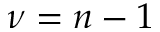
\nu = n - 1